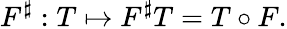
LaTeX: F^{\sharp}:T\mapsto F^{\sharp}T=T\circ F.